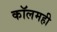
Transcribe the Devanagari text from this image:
कॉलमही